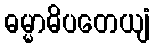
ဓမ္မာဓိပတေယျံ